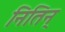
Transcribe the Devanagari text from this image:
नितिन्